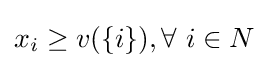
x_{i}\geq v(\{i\}),\forall ~i\in N